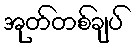
အုတ်တစ်ချပ်